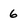
Character: 6